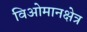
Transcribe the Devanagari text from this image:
विओमानक्षेत्र